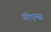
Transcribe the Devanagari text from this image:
गोएन्स